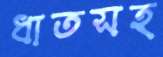
ধাতসহ